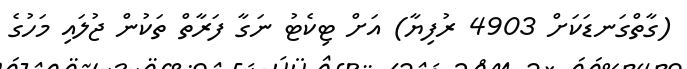
(ގާތްގަނޑަކަށް 4903 ރުފިޔާ) އަށް ޓިކެޓު ނަގާ ފަރާތް ތަކުން ޖުލައި މަހުގެ